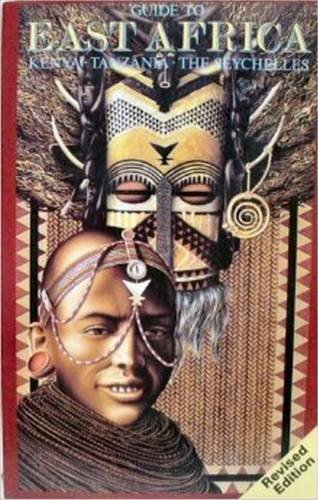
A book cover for Guide to East Africa: Kenya, Tanzania and the Seychelles (Discovery Guides); Nina Casimati; Travel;